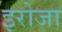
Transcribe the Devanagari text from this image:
इरोजा